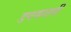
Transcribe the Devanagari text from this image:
डगमगली